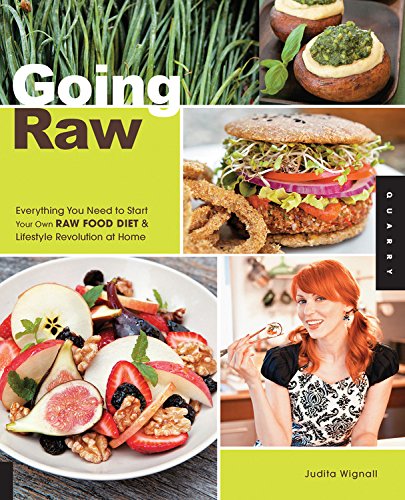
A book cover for Going Raw: Everything You Need to Start Your Own Raw Food Diet and Lifestyle Revolution at Home; Judita Wignall; Cookbooks, Food & Wine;